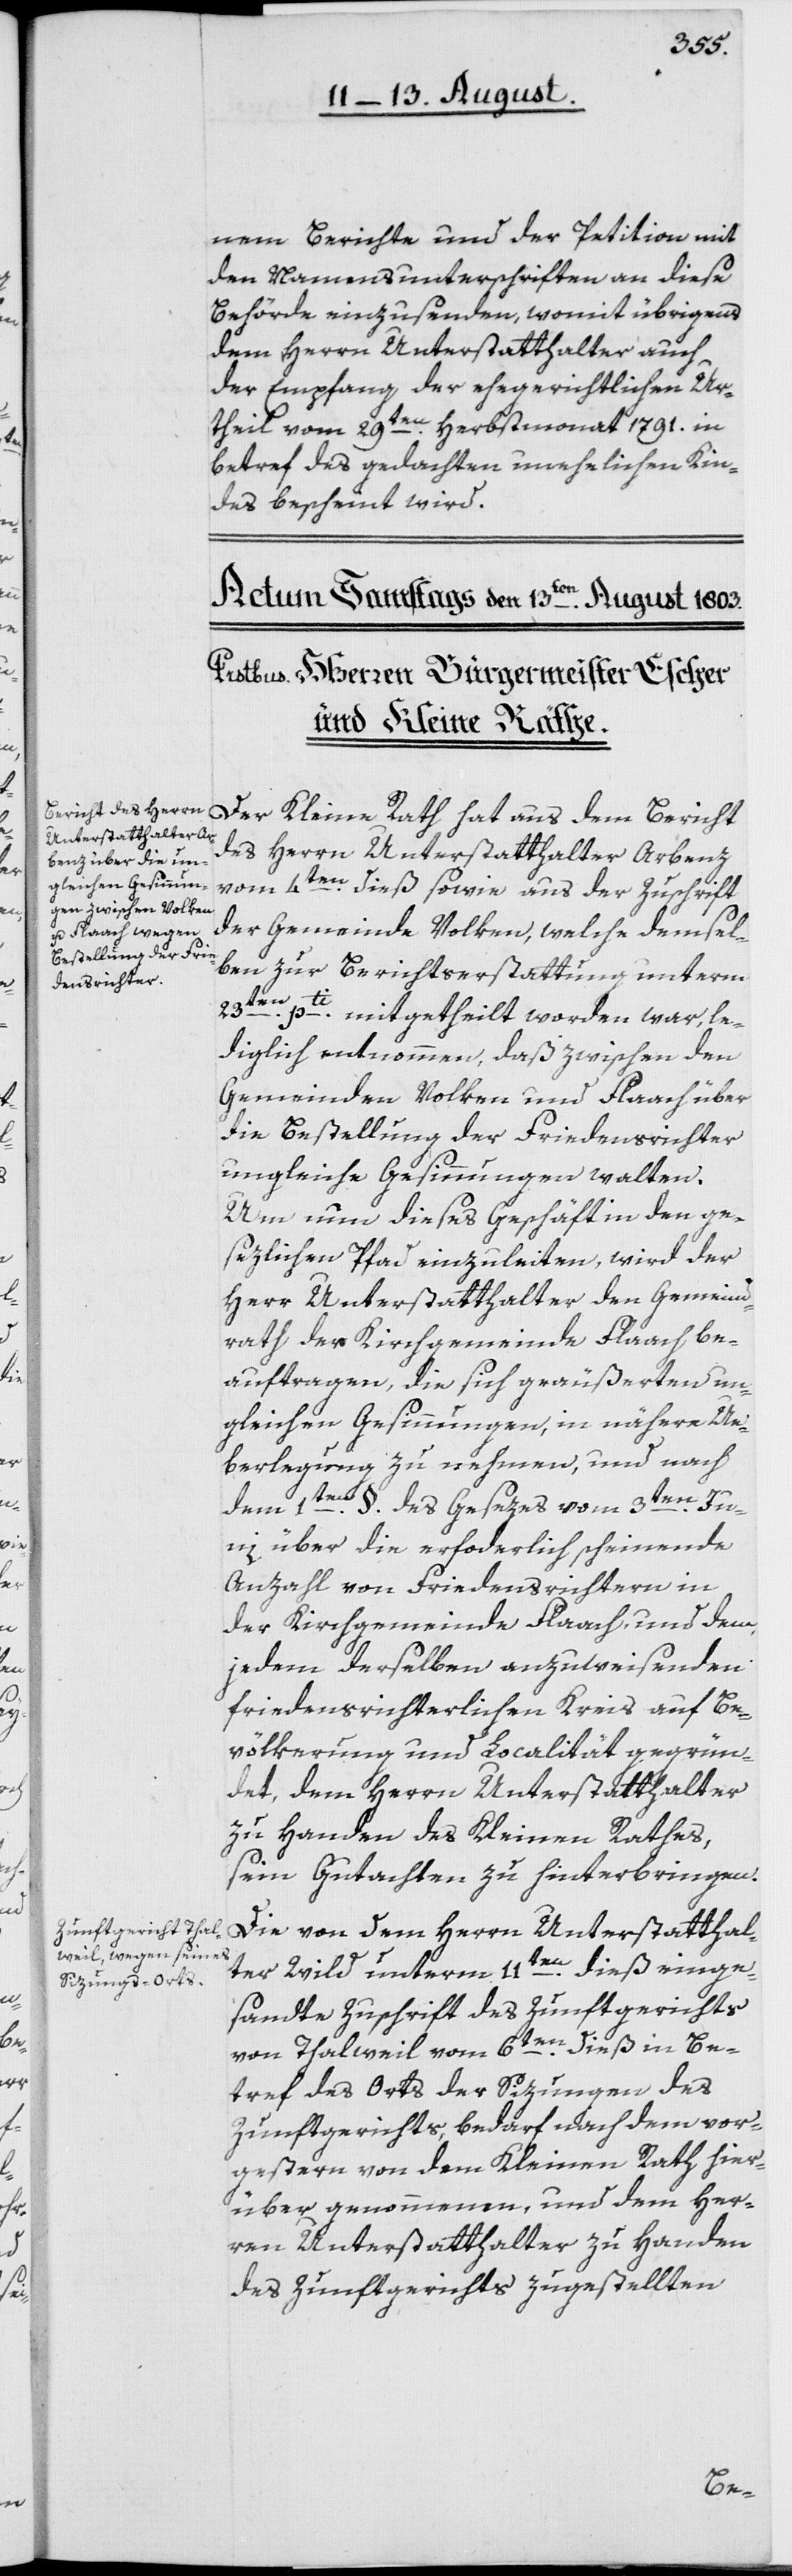
nem Berichte und der Petition mit
den Namensunterschriften an diese
Behörde einzusenden, womit übrigens
dem Herrn Unterstatthalter auch
der Empfang der ehegerichtlichen Ur¬
theil vom 29ten Herbstmonat 1791. in
betref des gedachten unehelichen Kin¬
des bescheint wird.
Der Kleine Rath hat aus dem Bericht
des Herrn Unterstatthalter Arbenz
vom 4ten dieß sowie aus der Zuschrift
der Gemeinde Volken, welche demsel¬
ben zur Berichtserstattung unterm
23ten pti mitgetheilt worden war, le¬
diglich entnommen, daß zwischen den
Gemeinden Volken und Flaach über
die Bestellung der Friedensrichter
ungleiche Gesinnungen walten.
Um nun dieses Geschäft in den ge¬
sezlichen Pfad einzuleiten, wird der
Herr Unterstatthalter den Gemeind¬
rath der Kirchgemeinde Flaach be¬
auftragen, die sich geäußerten un¬
gleichen Gesinnungen, in nähere Ue¬
berlegung zu nehmen, und nach
dem 1ten §. des Gesezes vom 3ten Ju¬
ni über die erfoderlich [sic!] scheinende
Anzahl von Friedensrichtern in
der Kirchgemeinde Flaach, und dem,
jedem derselben anzuweisenden
friedensrichterlichen Kreis auf Be¬
völkerung und Localität gegrün¬
det, dem Herrn Unterstatthalter
zu Handen des Kleinen Rathes,
sein Gutachten zu hinterbringen.
Die von dem Herrn Unterstatthal¬
ter Wild unterm 11ten dieß einge¬
sandte Zuschrift des Zunftgerichts
von Thalweil vom 6ten dieß in Be¬
tref des Orts der Sizungen des
Zunftgerichts, bedarf nach dem vor¬
gestern von dem Kleinen Rath hier¬
über genommenen, und dem Her¬
ren Unterstatthalter zu Handen
des Zunftgerichts zugestellten